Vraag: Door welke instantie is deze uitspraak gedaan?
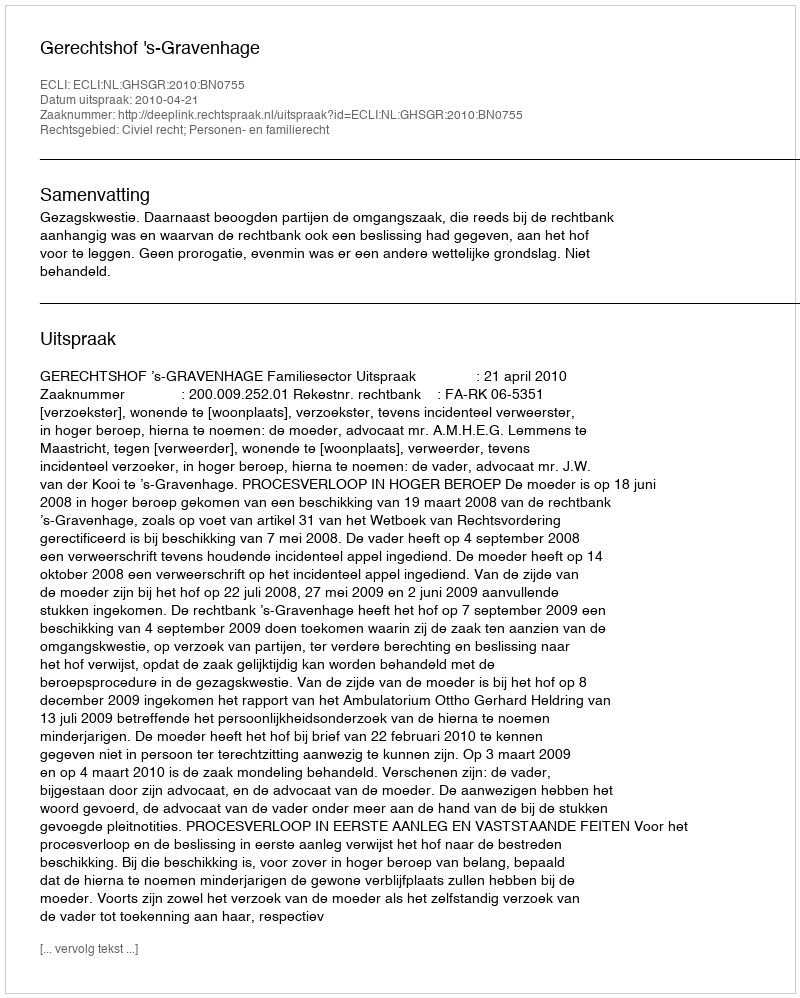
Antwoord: Gerechtshof 's-Gravenhage